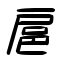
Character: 扈